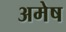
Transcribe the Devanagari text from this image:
अमेष